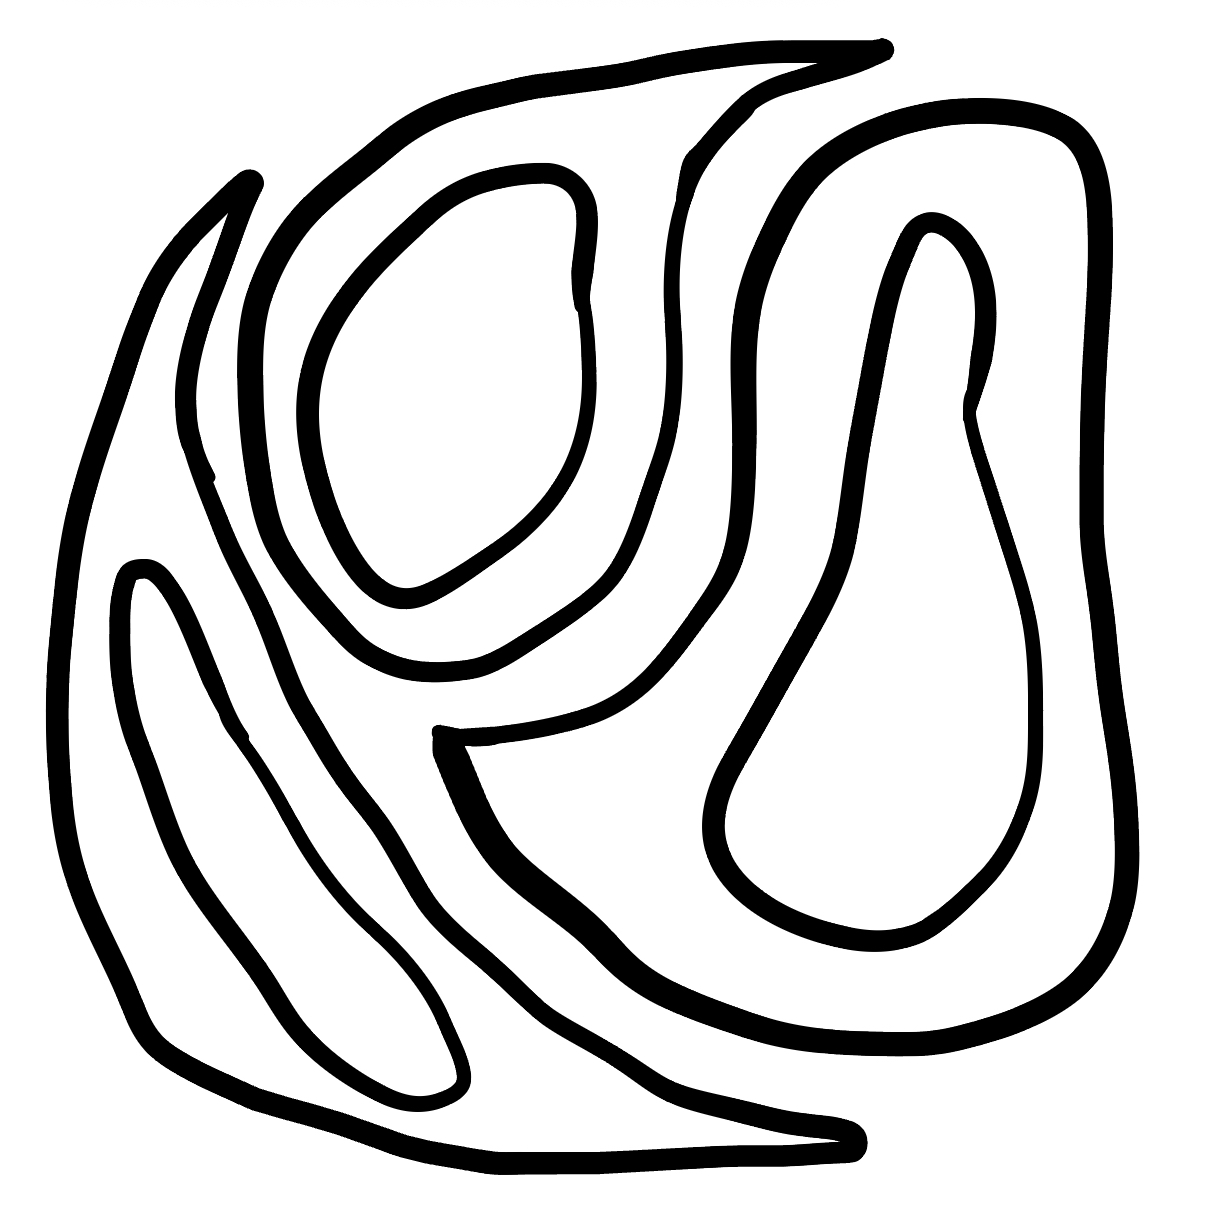
Number of regions (including the outer root region): 7
Containment tree edges (parent, child): 0, 1, 0, 3, 0, 5, 1, 2, 3, 4, 5, 6